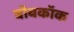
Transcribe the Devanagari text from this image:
बॉबकॉक